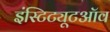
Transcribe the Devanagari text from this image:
इंस्टिट्यूटऑव